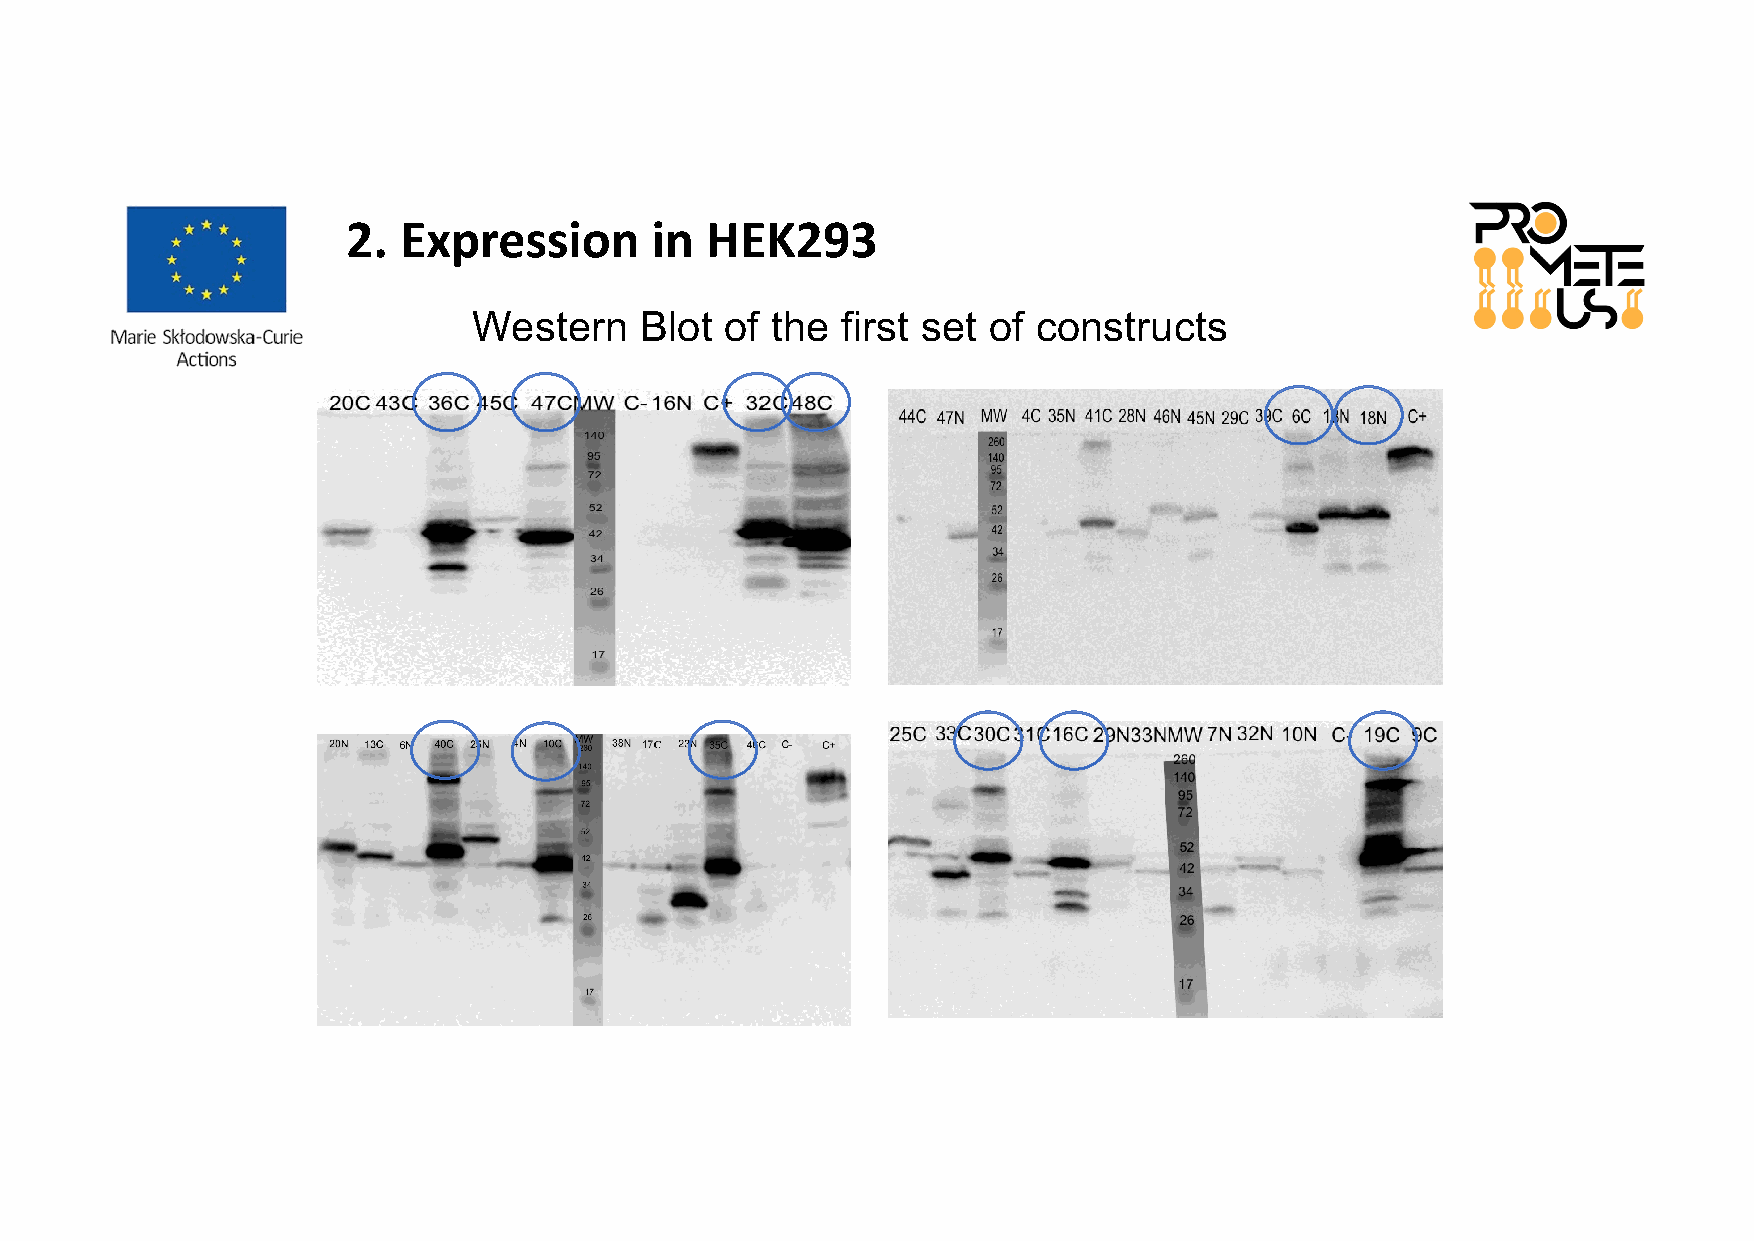
2. Expression       in  HEK293
 Western    Blot  of the  first set of constructs